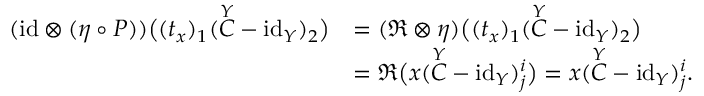
\begin{array} { r l } { ( \mathrm { i d } \otimes ( \eta \circ P ) ) \big ( ( t _ { x } ) _ { 1 } ( \overset { Y } { C } - \mathrm { i d } _ { Y } ) _ { 2 } \big ) } & { = ( \mathfrak { R } \otimes \eta ) \big ( ( t _ { x } ) _ { 1 } ( \overset { Y } { C } - \mathrm { i d } _ { Y } ) _ { 2 } \big ) } \\ & { = \mathfrak { R } \big ( x ( \overset { Y } { C } - \mathrm { i d } _ { Y } ) _ { j } ^ { i } \big ) = x ( \overset { Y } { C } - \mathrm { i d } _ { Y } ) _ { j } ^ { i } . } \end{array}